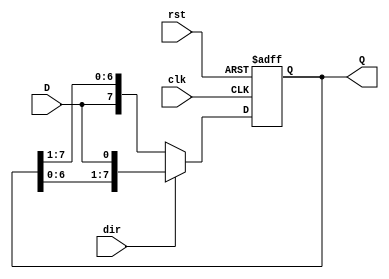
module shift_register #(
    parameter N = 8  // Width of the shift register
) (
    input clk,         // Clock signal
    input rst,         // Asynchronous reset signal
    input D,           // Data input
    input dir,         // Shift direction (1 for left, 0 for right)
    output reg [N-1:0] Q // Data output
);

    always @(posedge clk or posedge rst) begin
        if (rst) begin
            Q <= {N{1'b0}}; // Reset all bits to 0
        end else begin
            if (dir) begin
                // Shift left and load D into LSB
                Q <= {Q[N-2:0], D}; // Shift left
            end else begin
                // Shift right and load D into MSB
                Q <= {D, Q[N-1:1]}; // Shift right
            end
        end
    end

endmodule